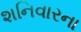
શનિવારના